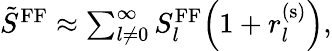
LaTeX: \begin{array}{r}{\tilde{S}^{\mathrm{FF}}\approx\sum_{l\neq 0}^{\infty}S_{l}^{\mathrm{FF}}\Bigl(1+r_{l}^{(\mathrm{s})}\Bigr),}\end{array}